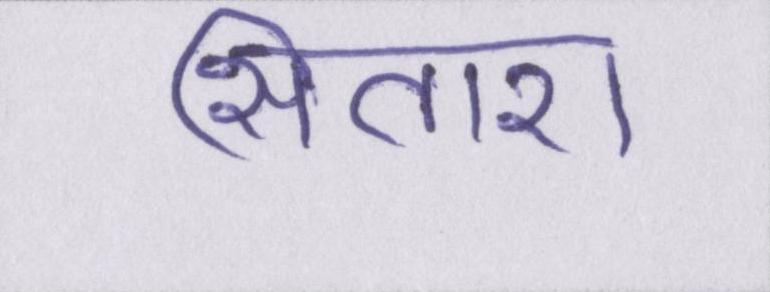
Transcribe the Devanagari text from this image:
सितारा